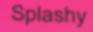
Splashy